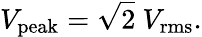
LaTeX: V_{\mathrm{peak}}={\sqrt{2}}\ V_{\mathrm{rms}}.